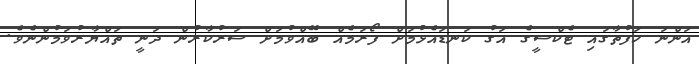
އަންނަ ހަފުތާގައި ޓެކްސީގެ އަގު ކަނޑައެޅުމަށް ފޯރަމެއް ބޭއްވުމަށް ސަރުކާރުން ދަނީ ތައްޔާރުވަމުންނެވެ.